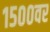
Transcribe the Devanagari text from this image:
१५००वर